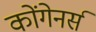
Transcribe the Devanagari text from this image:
कोंगेनर्स